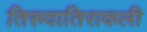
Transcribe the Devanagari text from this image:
तिरुवातिराकली